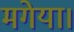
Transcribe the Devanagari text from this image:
मगेया।